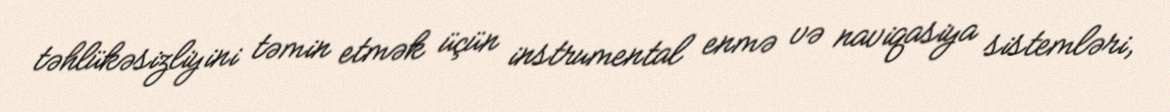
təhlükəsizliyini təmin etmək üçün instrumental enmə və naviqasiya sistemləri,